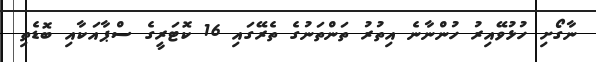
ނާގޯށި ހުޅުވޭއިރު ހުންނާނެ އިތުރު ތަންތަނުގެ ތެރޭގައި 16 ކޮޓަރީގެ ސްޕާއަކާއި ބޮޑެތި